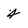
Character: 4